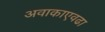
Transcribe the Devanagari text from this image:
अवाकाएवढा